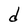
Character: d